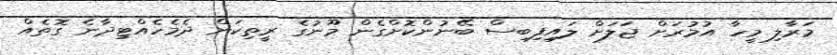
މަރާލި މީހާ އުމުރަށް ޖަލަށް ލައިފިބިސް ބޭނުންކޮށްގެން މޫނުގެ ރީތިކަން ދެމެހެއްޓިދާނެ ގޮތެއް